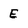
Character: E